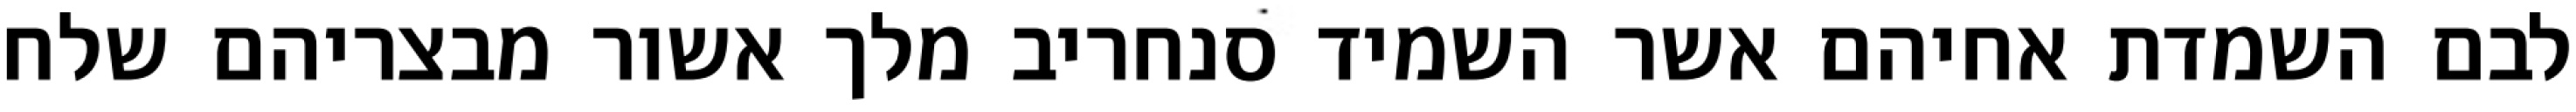
לבם השמדת אחיהם אשר השמיד סנחריב מלך אשור מבצריהם שלח